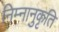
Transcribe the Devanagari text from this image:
निम्नानुकृति